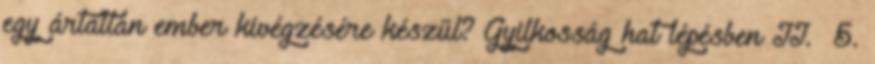
egy ártatlan ember kivégzésére készül? Gyilkosság hat lépésben II. 5.